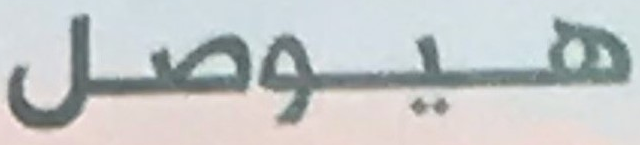
هيوصل